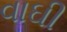
વાઘી